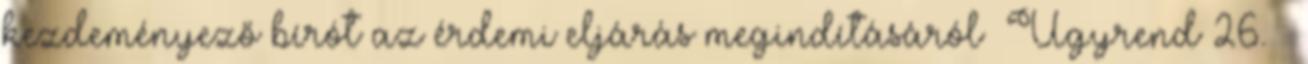
kezdeményező bírót az érdemi eljárás megindításáról Ügyrend 26. §